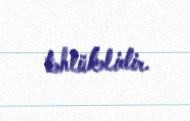
təhlükəlidir.